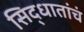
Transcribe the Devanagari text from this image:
सिद्धातांचं